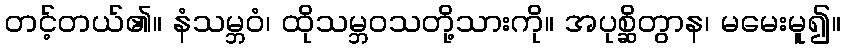
တင့်တယ်၏။ နံသမ္ဘဝံ၊ ထိုသမ္ဘဝသတို့သားကို။ အပုစ္ဆိတွာန၊ မမေးမူ၍။